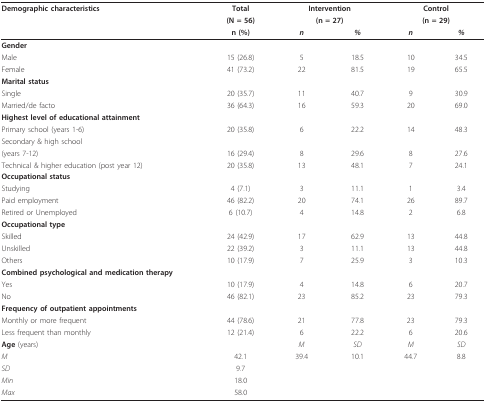
<table><thead><tr><td><b>Demographic characteristics</b></td><td><b>Total</b></td><td colspan="2"><b>Intervention</b></td><td colspan="2"><b>Control</b></td></tr><tr><td></td><td><b>(N = 56)</b></td><td colspan="2"><b>(n = 27)</b></td><td colspan="2"><b>(n = 29)</b></td></tr><tr><td></td><td><b>n (%)</b></td><td><b><i>n</i></b></td><td><b><i>%</i></b></td><td><b><i>n</i></b></td><td><b><i>%</i></b></td></tr></thead><tbody><tr><td><b>Gender</b></td><td></td><td></td><td></td><td></td><td></td></tr><tr><td>Male</td><td>15 (26.8)</td><td>5</td><td>18.5</td><td>10</td><td>34.5</td></tr><tr><td>Female</td><td>41 (73.2)</td><td>22</td><td>81.5</td><td>19</td><td>65.5</td></tr><tr><td><b>Marital status</b></td><td></td><td></td><td></td><td></td><td></td></tr><tr><td>Single</td><td>20 (35.7)</td><td>11</td><td>40.7</td><td>9</td><td>30.9</td></tr><tr><td>Married/de facto</td><td>36 (64.3)</td><td>16</td><td>59.3</td><td>20</td><td>69.0</td></tr><tr><td><b>Highest level of educational attainment</b></td><td></td><td></td><td></td><td></td><td></td></tr><tr><td>Primary school (years 1-6)</td><td>20 (35.8)</td><td>6</td><td>22.2</td><td>14</td><td>48.3</td></tr><tr><td>Secondary &amp; high school</td><td></td><td></td><td></td><td></td><td></td></tr><tr><td>(years 7-12)</td><td>16 (29.4)</td><td>8</td><td>29.6</td><td>8</td><td>27.6</td></tr><tr><td>Technical &amp; higher education (post year 12)</td><td>20 (35.8)</td><td>13</td><td>48.1</td><td>7</td><td>24.1</td></tr><tr><td><b>Occupational status</b></td><td></td><td></td><td></td><td></td><td></td></tr><tr><td>Studying</td><td>4 (7.1)</td><td>3</td><td>11.1</td><td>1</td><td>3.4</td></tr><tr><td>Paid employment</td><td>46 (82.2)</td><td>20</td><td>74.1</td><td>26</td><td>89.7</td></tr><tr><td>Retired or Unemployed</td><td>6 (10.7)</td><td>4</td><td>14.8</td><td>2</td><td>6.8</td></tr><tr><td><b>Occupational type</b></td><td></td><td></td><td></td><td></td><td></td></tr><tr><td>Skilled</td><td>24 (42.9)</td><td>17</td><td>62.9</td><td>13</td><td>44.8</td></tr><tr><td>Unskilled</td><td>22 (39.2)</td><td>3</td><td>11.1</td><td>13</td><td>44.8</td></tr><tr><td>Others</td><td>10 (17.9)</td><td>7</td><td>25.9</td><td>3</td><td>10.3</td></tr><tr><td><b>Combined psychological and medication therapy</b></td><td></td><td></td><td></td><td></td><td></td></tr><tr><td>Yes</td><td>10 (17.9)</td><td>4</td><td>14.8</td><td>6</td><td>20.7</td></tr><tr><td>No</td><td>46 (82.1)</td><td>23</td><td>85.2</td><td>23</td><td>79.3</td></tr><tr><td><b>Frequency of outpatient appointments</b></td><td></td><td></td><td></td><td></td><td></td></tr><tr><td>Monthly or more frequent</td><td>44 (78.6)</td><td>21</td><td>77.8</td><td>23</td><td>79.3</td></tr><tr><td>Less frequent than monthly</td><td>12 (21.4)</td><td>6</td><td>22.2</td><td>6</td><td>20.6</td></tr><tr><td><b>Age </b>(years)</td><td></td><td><i>M</i></td><td><i>SD</i></td><td><i>M</i></td><td><i>SD</i></td></tr><tr><td><i>M</i></td><td>42.1</td><td>39.4</td><td>10.1</td><td>44.7</td><td>8.8</td></tr><tr><td><i>SD</i></td><td>9.7</td><td></td><td></td><td></td><td></td></tr><tr><td><i>Min</i></td><td>18.0</td><td></td><td></td><td></td><td></td></tr><tr><td><i>Max</i></td><td>58.0</td><td></td><td></td><td></td><td></td></tr></tbody></table>